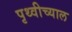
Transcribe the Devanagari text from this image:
पृथ्वीच्याल